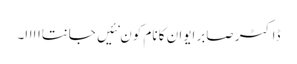
ڈاکٹر صابر ایوان کا نام کون نئیں جانتااااا۔